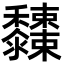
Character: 𪐓